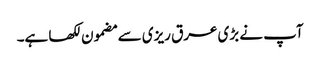
آپ نے بڑی عرق ریزی سے مضمون لکھا ہے۔